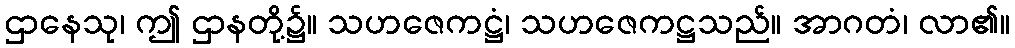
ဌာနေသု၊ ဤ ဌာနတို့၌။ သဟဇေကဋ္ဌံ၊ သဟဇေကဋ္ဌသည်။ အာဂတံ၊ လာ၏။